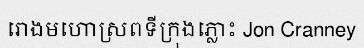
រោងមហោស្រពទីក្រុងភ្លោះ Jon Cranney